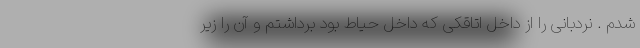
شدم . نردبانی را از داخل اتاقکی که داخل حیاط بود برداشتم و آن را زیر